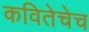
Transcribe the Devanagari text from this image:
कवितेचेच